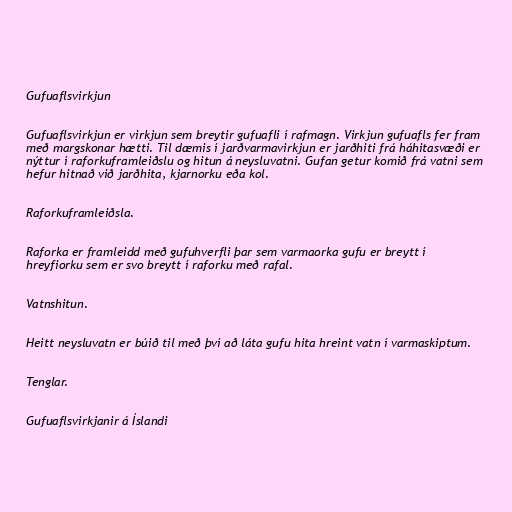
Gufuaflsvirkjun

Gufuaflsvirkjun er virkjun sem breytir gufuafli í rafmagn. Virkjun gufuafls fer fram
með margskonar hætti. Til dæmis í jarðvarmavirkjun er jarðhiti frá háhitasvæði er
nýttur í raforkuframleiðslu og hitun á neysluvatni. Gufan getur komið frá vatni sem
hefur hitnað við jarðhita, kjarnorku eða kol.

Raforkuframleiðsla.

Raforka er framleidd með gufuhverfli þar sem varmaorka gufu er breytt í
hreyfiorku sem er svo breytt í raforku með rafal.

Vatnshitun.

Heitt neysluvatn er búið til með því að láta gufu hita hreint vatn í varmaskiptum.

Tenglar.

Gufuaflsvirkjanir á Íslandi